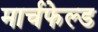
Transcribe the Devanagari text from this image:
मार्चफेल्ड